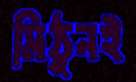
মিঠুনই